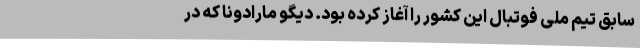
سابق تیم ملی فوتبال این کشور را آغاز کرده بود. دیگو مارادونا که در